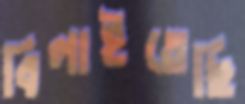
বিলাইতেছি